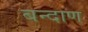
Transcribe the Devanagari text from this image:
बन्दाण